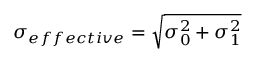
\sigma _ { e f f e c t i v e } = \sqrt { \sigma _ { 0 } ^ { 2 } + \sigma _ { 1 } ^ { 2 } }